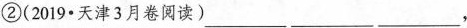
②(2019∙天津3月卷阅读)___ ___ ___，